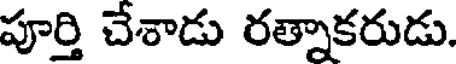
పూర్తి చేశాడు రత్నాకరుడు.